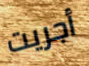
أجريت